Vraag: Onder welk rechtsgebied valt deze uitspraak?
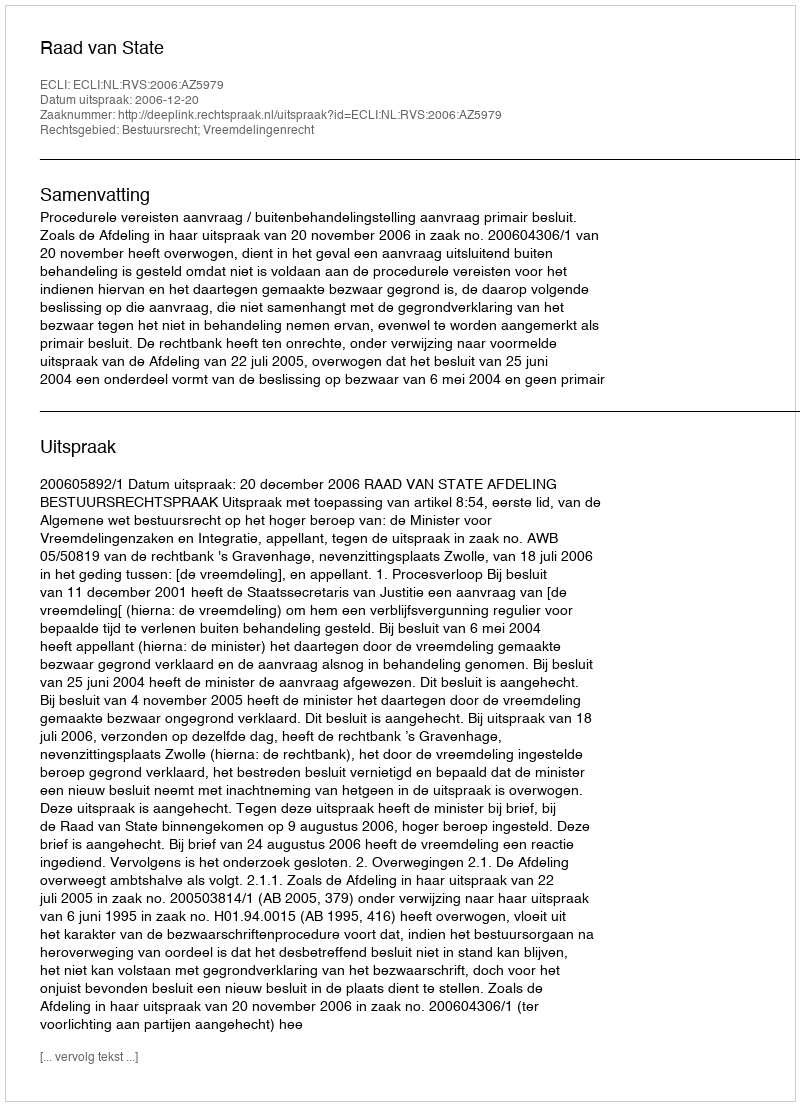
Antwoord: Bestuursrecht; Vreemdelingenrecht